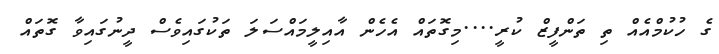
ގެ ހުކުމްއެއް ތި ތަންފީޒް ކުރީ....މިގޮތައް އެހެން އާއިލީމައްސަލަ ތަކުގައިވެސް ދީނުގައިވާ ގޮތައް